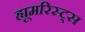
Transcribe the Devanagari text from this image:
ह्यूमरिस्ट्स